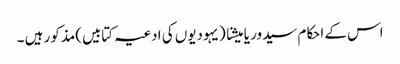
اس کے احکام سیدور یا میشنا (یہودیوں کی ادعیہ کتابیں)مذکور ہیں ۔